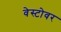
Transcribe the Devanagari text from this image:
वेस्टोवर